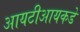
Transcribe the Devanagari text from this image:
आयटीआयकडे